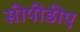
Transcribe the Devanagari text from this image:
सीपीडीए